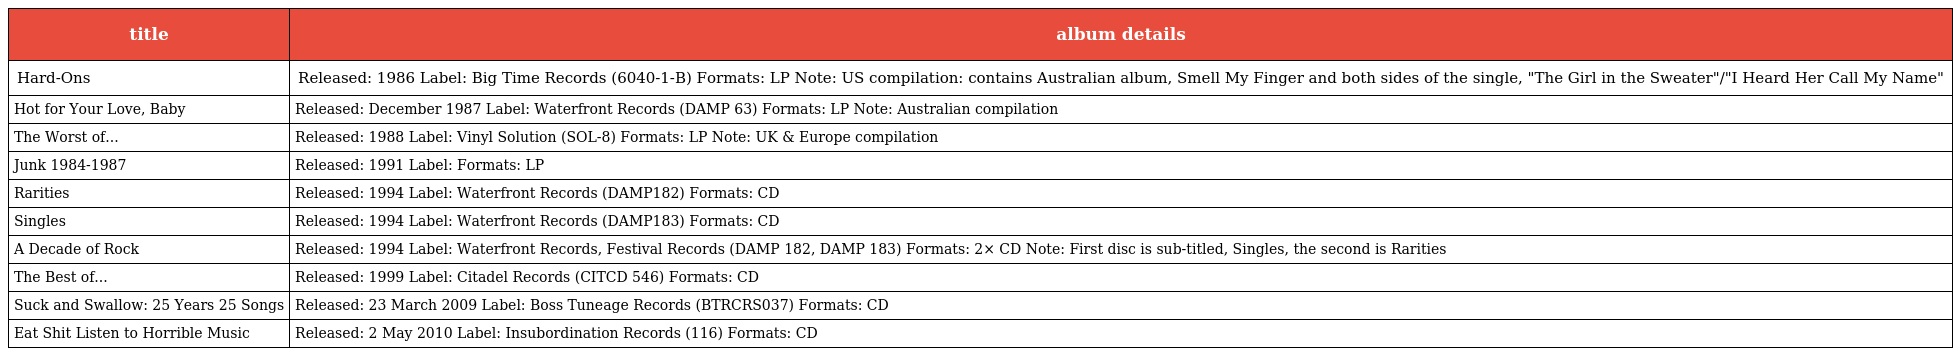
| title | album details |
 | --- | --- |
 | Hard-Ons | Released: 1986 Label: Big Time Records (6040-1-B) Formats: LP Note: US compilation: contains Australian album, Smell My Finger and both sides of the single, "The Girl in the Sweater"/"I Heard Her Call My Name" |
 | Hot for Your Love, Baby | Released: December 1987 Label: Waterfront Records (DAMP 63) Formats: LP Note: Australian compilation |
 | The Worst of... | Released: 1988 Label: Vinyl Solution (SOL-8) Formats: LP Note: UK & Europe compilation |
 | Junk 1984-1987 | Released: 1991 Label: Formats: LP |
 | Rarities | Released: 1994 Label: Waterfront Records (DAMP182) Formats: CD |
 | Singles | Released: 1994 Label: Waterfront Records (DAMP183) Formats: CD |
 | A Decade of Rock | Released: 1994 Label: Waterfront Records, Festival Records (DAMP 182, DAMP 183) Formats: 2× CD Note: First disc is sub-titled, Singles, the second is Rarities |
 | The Best of... | Released: 1999 Label: Citadel Records (CITCD 546) Formats: CD |
 | Suck and Swallow: 25 Years 25 Songs | Released: 23 March 2009 Label: Boss Tuneage Records (BTRCRS037) Formats: CD |
 | Eat Shit Listen to Horrible Music | Released: 2 May 2010 Label: Insubordination Records (116) Formats: CD |